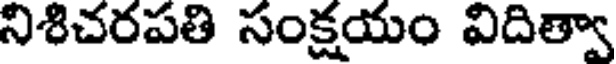
నిశిచరపతి సంక్షయం విదిత్వా